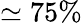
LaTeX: \simeq 75\%